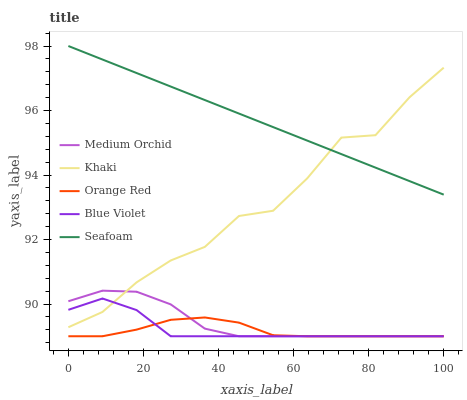
| xaxis_label | Medium Orchid | Khaki | Orange Red | Blue Violet | Seafoam |
 | --- | --- | --- | --- | --- | --- |
 | 0 | 90.1 | 89.3 | 89 | 89.8 | 98 |
 | 9.09 | 90.4 | 89.8 | 89 | 90.2 | 97.6 |
 | 18.2 | 90.4 | 90.7 | 89.2 | 89.8 | 97.2 |
 | 27.3 | 90 | 91.4 | 89.5 | 89 | 96.7 |
 | 36.4 | 89.2 | 91.8 | 89.6 | 89 | 96.3 |
 | 45.5 | 89 | 92.7 | 89.4 | 89 | 95.9 |
 | 54.5 | 89 | 92.9 | 89 | 89 | 95.5 |
 | 63.6 | 89 | 93.9 | 89 | 89 | 95.1 |
 | 72.7 | 89 | 95.2 | 89 | 89 | 94.6 |
 | 81.8 | 89 | 95.2 | 89 | 89 | 94.2 |
 | 90.9 | 89 | 96.4 | 89 | 89 | 93.8 |
 | 100 | 89 | 97.3 | 89 | 89 | 93.4 |